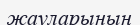
жауларының